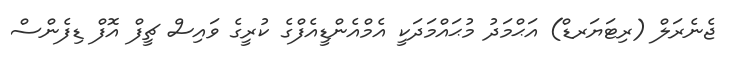
ޖެނެރަލް (ރިޓަޔަރޑް) އަޙްމަދު މުޙައްމަދަކީ އެމްއެންޑީއެފްގެ ކުރީގެ ވައިސް ޗީފް އޮފް ޑިފެންސް